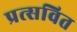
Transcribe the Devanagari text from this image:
प्रत्सवित